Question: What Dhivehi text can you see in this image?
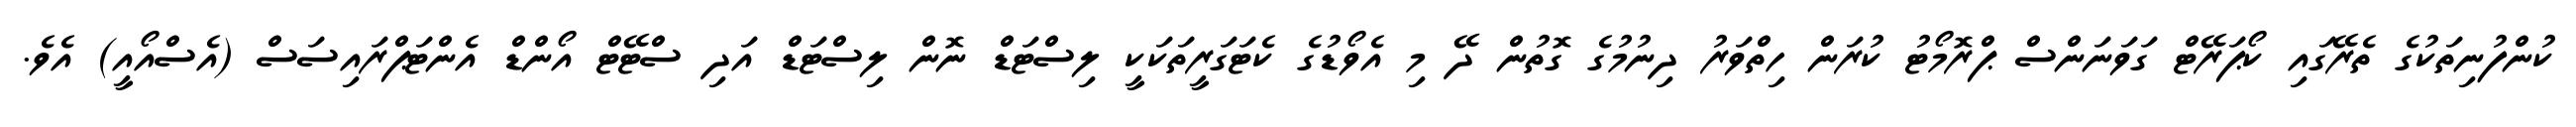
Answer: ކުންފުނިތަކުގެ ތެރޭގައި ކޯޕަރޭޓް ގަވަނަންސް ޕްރޮމޯޓު ކުރަން ހިތްވަރު ދިނުމުގެ ގޮތުން ދޭ މި އެވޯޑުގެ ކެޓަގަރީތަކަކީ ލިސްޓަޑް ނޮން ލިސްޓަޑް އަދި ސްޓޭޓް އޯންޑް އެންޓަޕްރައިސަސް (އެސްއޯއީ) އެވެ.